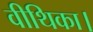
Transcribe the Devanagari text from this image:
वीथिका।